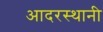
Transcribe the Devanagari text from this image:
आदरस्थानी